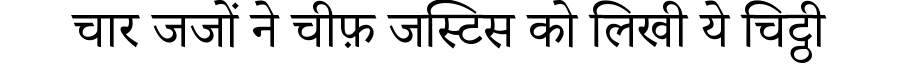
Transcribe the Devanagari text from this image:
चार जजों ने चीफ़ जस्टिस को लिखी ये चिट्ठी